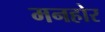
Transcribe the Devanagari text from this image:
मनहोर